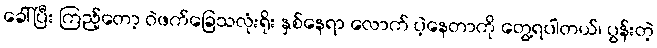
ခေါ်ပြီး ကြည့်တော့ ဝဲဖက်ခြေသလုံးရိုး နှစ်နေရာ လောက် ပဲ့နေတာကို တွေ့ရပါတယ်၊ ပွန်းတဲ့